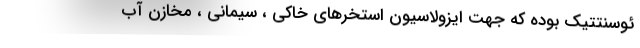
ئوسنتتیک بوده که جهت ایزولاسیون استخرهای خاکی ، سیمانی ، مخازن آب